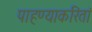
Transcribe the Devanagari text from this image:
पाहण्याकरितां